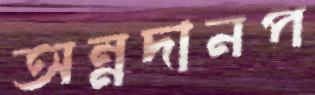
অন্নদানপ